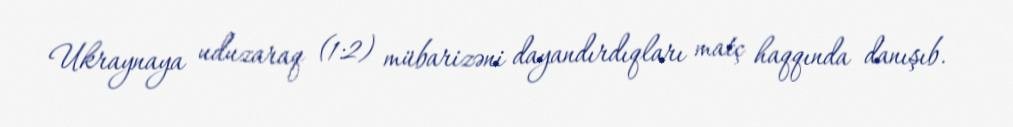
Ukraynaya uduzaraq (1:2) mübarizəni dayandırdıqları matç haqqında danışıb.